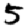
Digit: 5